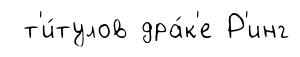
т'и́тулов дра́к'е Р'инг